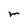
Character: m